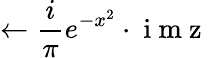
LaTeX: \leftarrow\frac{i}{\pi}e^{-x^{2}}\cdot\mathrm{~i~m~z~}